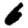
Digit: 6